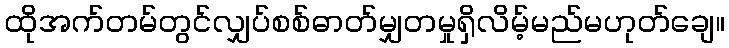
ထိုအက်တမ်တွင်လျှပ်စစ်ဓာတ်မျှတမှုရှိလိမ့်မည်မဟုတ်ချေ။